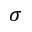
\sigma